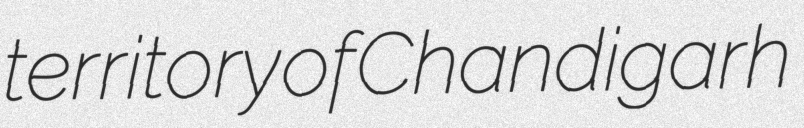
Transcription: territory of Chandigarh